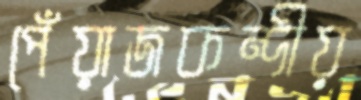
পেঁয়াজকন্দীয়